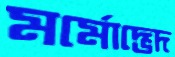
মর্মোদ্ভেদ